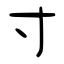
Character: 寸